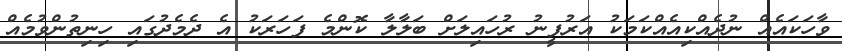
ވާހަކައެއް ނުދެއްކިއެއްކަމަކު އަރުފީނު ރުހައިލަށް ބަލާލާ ކޮންމެ ފަހަރަކު އެ ދެމެދުގައި ހިނިތުންވުމެއް